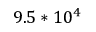
9 . 5 * 1 0 ^ { 4 }